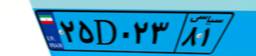
۷۲D۱۴۵۵۲